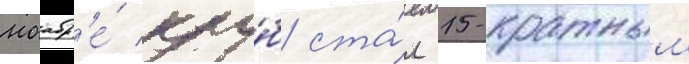
ноабр'е́ клу́б ста́л 15-кратным